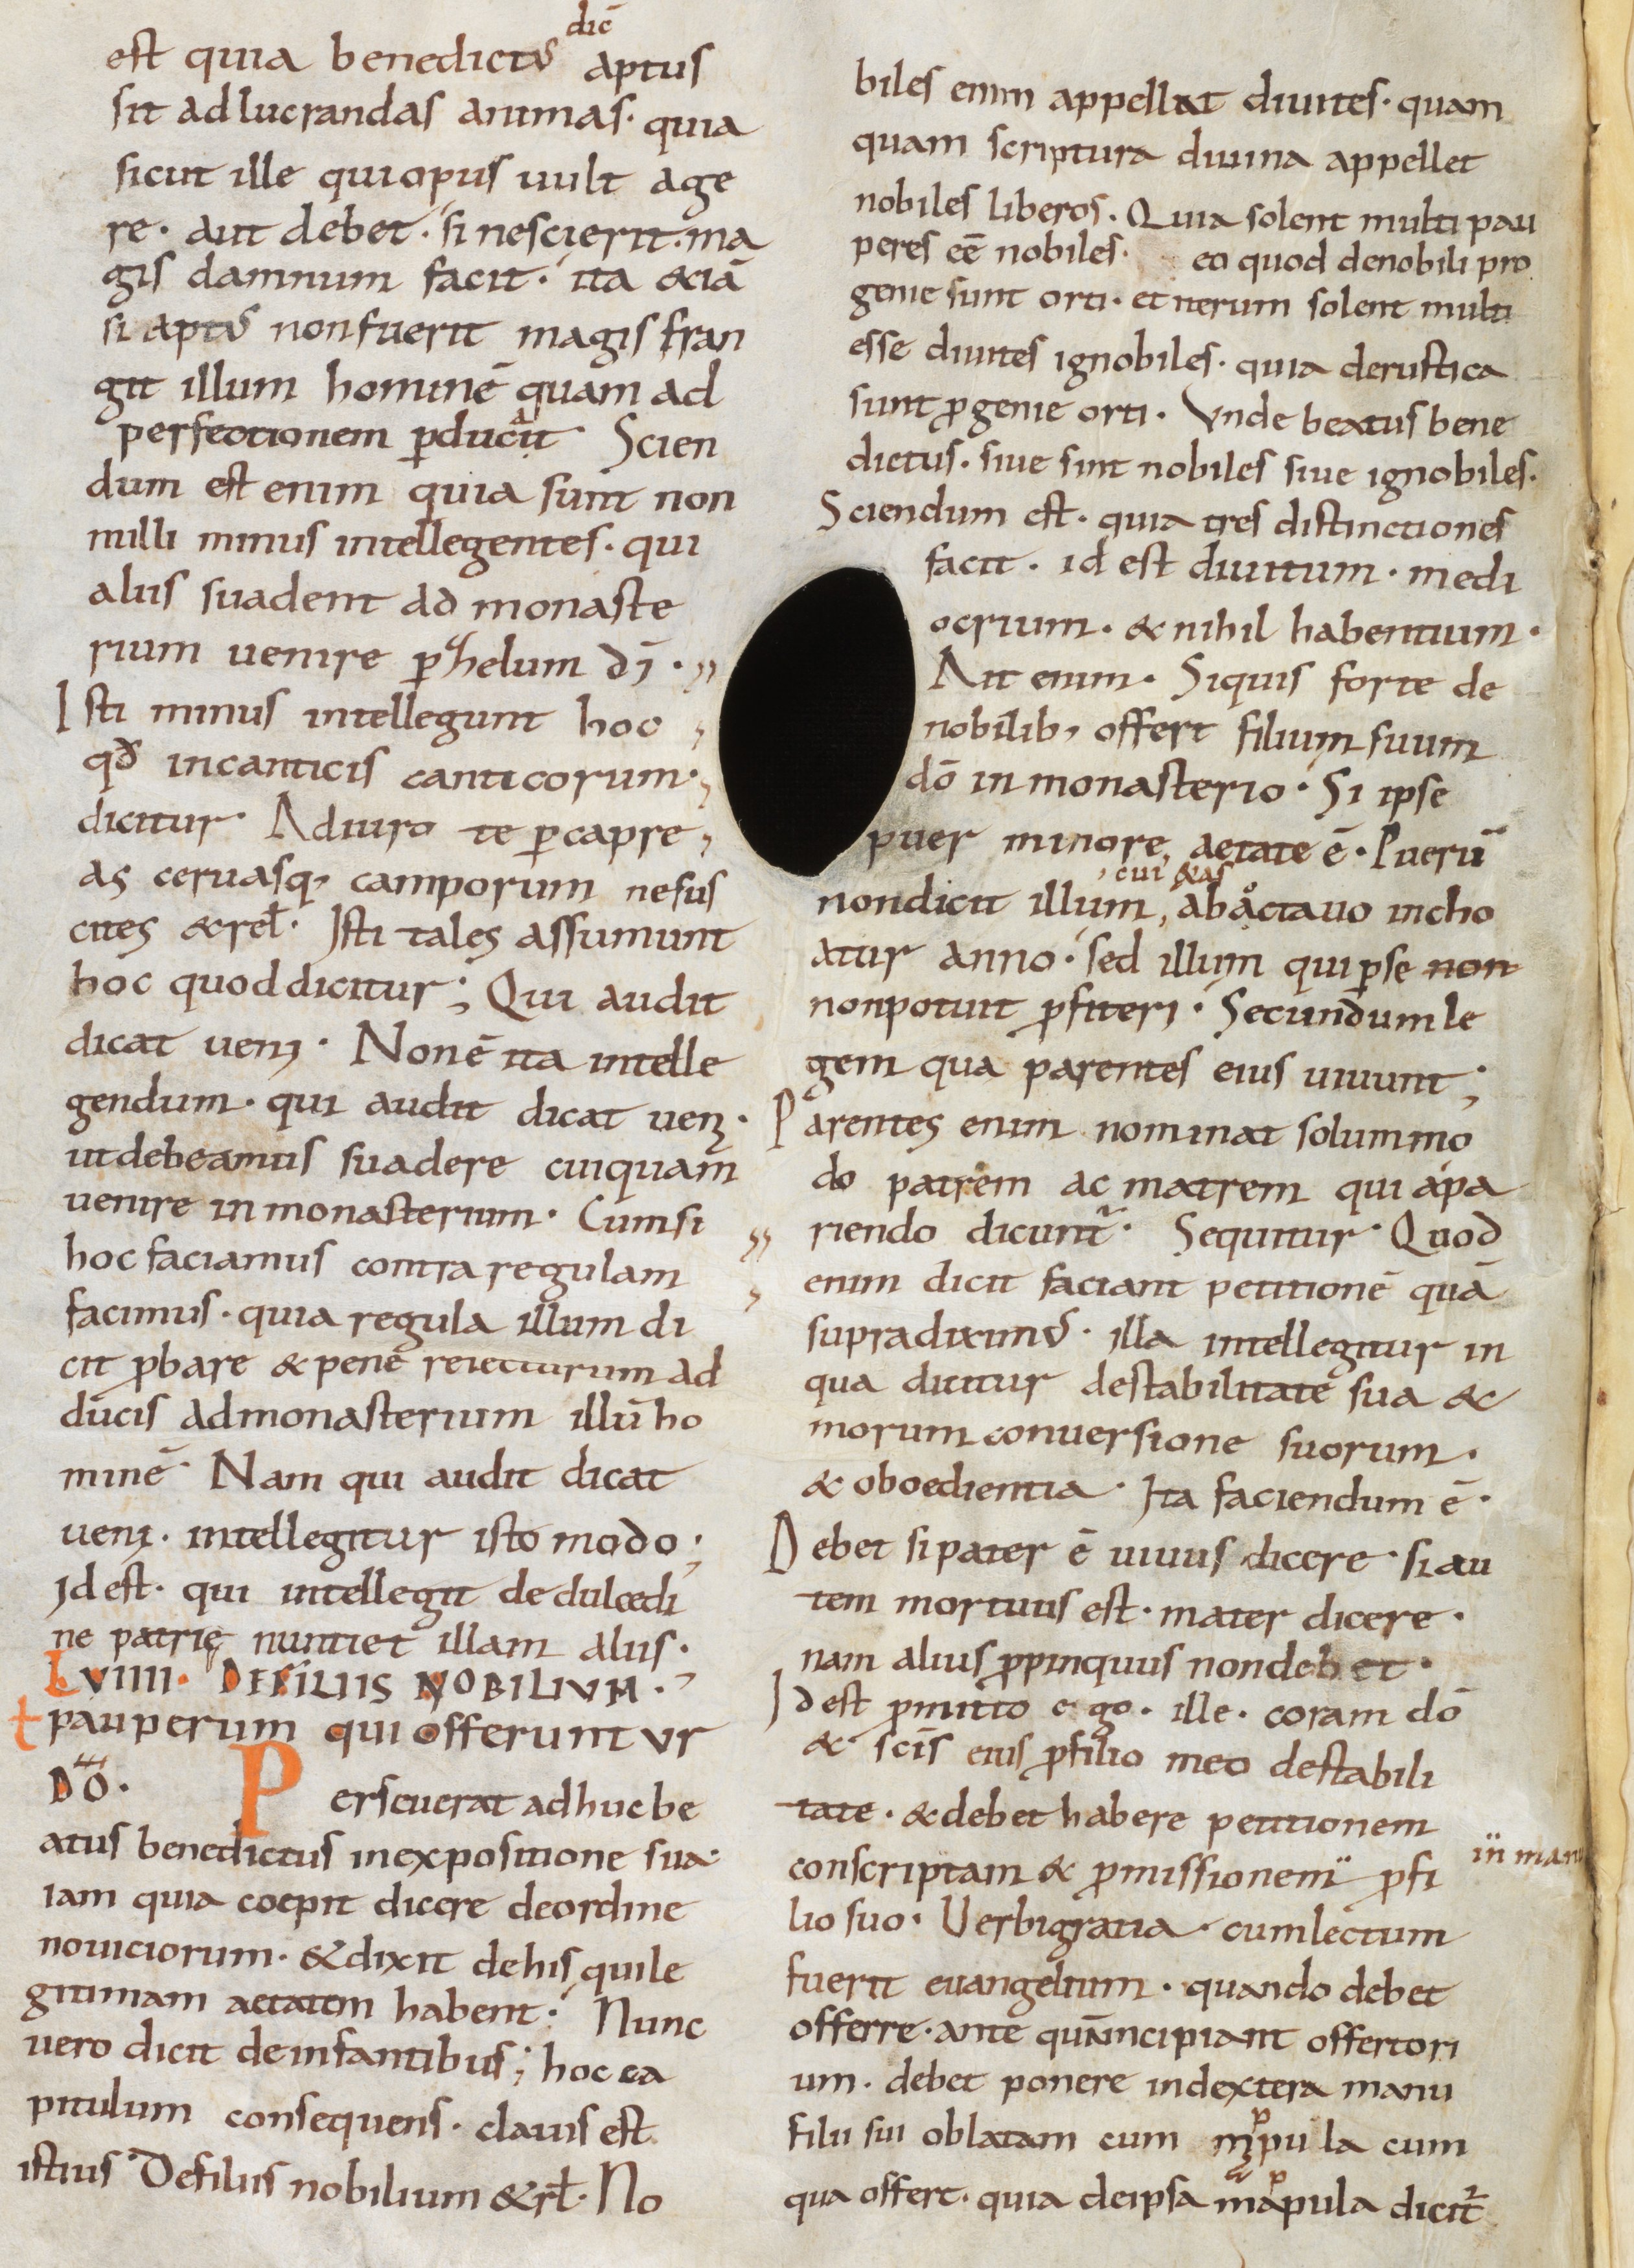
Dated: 800–999